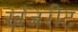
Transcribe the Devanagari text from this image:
खंजरीट